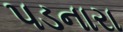
પડનારા